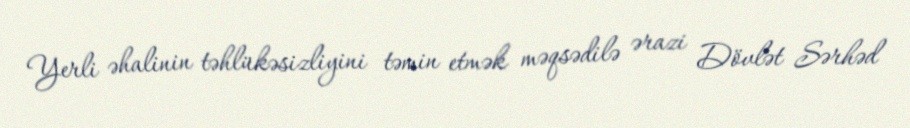
Yerli əhalinin təhlükəsizliyini təmin etmək məqsədilə ərazi Dövlət Sərhəd